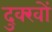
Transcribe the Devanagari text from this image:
दुक्खों